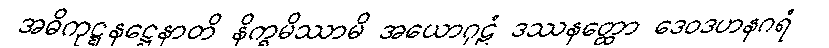
အဓိကုဋ္ဋနဋ္ဌေနာတိ နိက္ခမိဿာမိ အယောဂုဠံ ဒဿနတ္ထော ဒေဝဒဟနဂရံ